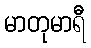
မာတုမာရီ